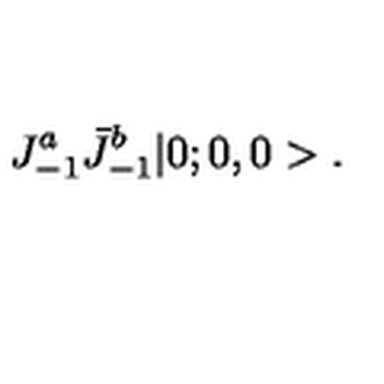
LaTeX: J _ { - 1 } ^ { a } \bar { J } _ { - 1 } ^ { b } | 0 ; 0 , 0 > .